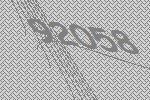
92058